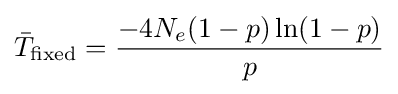
{\bar {T}}_{\text{fixed}}={\frac {-4N_{e}(1-p)\ln(1-p)}{p}}